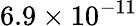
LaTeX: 6.9\times 10^{-11}